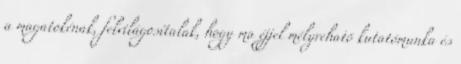
a magatokénak, felvilágosítalak, hogy ma éjjel mélyreható kutatómunka és